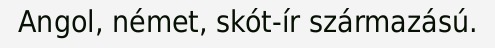
Angol, német, skót-ír származású.